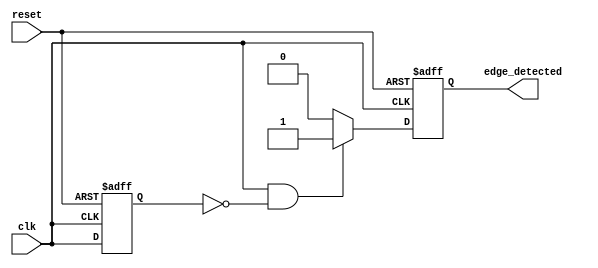
module edge_detector (
    input wire clk,           // Input signal to detect rising edge
    input wire reset,         // Asynchronous reset signal
    output reg edge_detected   // Output pulse for rising edge detection
);

    reg previous_state;       // Register to hold the previous state of the input signal

    // D Flip-Flop to store the previous state of the input signal
    always @(posedge clk or posedge reset) begin
        if (reset) begin
            previous_state <= 1'b0; // Initialize to 0 on reset
        end else begin
            previous_state <= clk;   // Sample the input signal on the clock edge
        end
    end

    // Edge detection logic
    always @(posedge clk or posedge reset) begin
        if (reset) begin
            edge_detected <= 1'b0;   // Reset output pulse on reset
        end else begin
            // Detect rising edge
            if (clk == 1'b1 && previous_state == 1'b0) begin
                edge_detected <= 1'b1; // Set pulse high on rising edge
            end else begin
                edge_detected <= 1'b0;  // Clear pulse otherwise
            end
        end
    end

endmodule